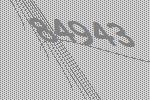
84943